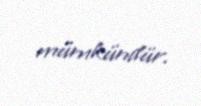
mümkündür.